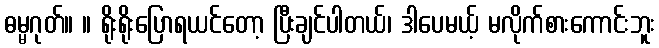
ဓမ္မဂုတ်။ ။ ရိုးရိုးပြောရယင်တော့ ပြီးချင်ပါတယ်၊ ဒါပေမယ့် မလိုက်စားကောင်းဘူး